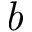
\textit { b }